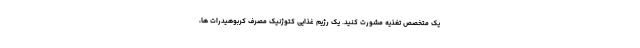
یک متخصص تغذیه مشورت کنید. یک رژیم غذایی کتوژنیک مصرف کربوهیدرات ها،